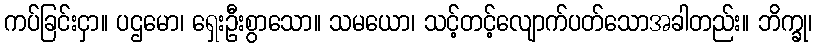
ကပ်ခြင်းငှာ။ ပဌမော၊ ရှေးဦးစွာသော။ သမယော၊ သင့်တင့်လျောက်ပတ်သောအခါတည်း။ ဘိက္ခု၊